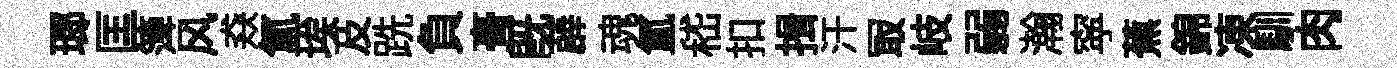
瑯匡𥱼风猋氲埃及跣負𮌔旣薜魂氲嵇扣揖汗冣岐弱瀚寜蕉錦凍馴肉